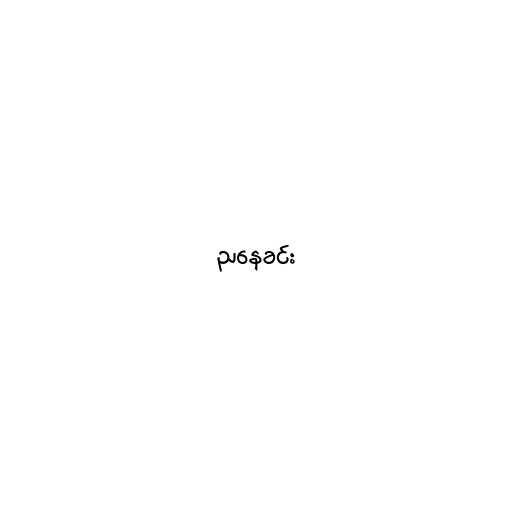
ညနေခင်း